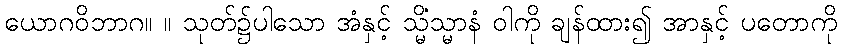
ယောဂဝိဘာဂ။ ။ သုတ်၌ပါသော အံနှင့် သ္မိံသ္မာနံ ဝါကို ချန်ထား၍ အာနှင့် ပတောကို